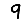
Digit: 9